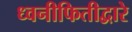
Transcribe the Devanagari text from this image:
ध्वनीफितीद्वारे